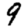
Digit: 9